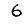
Digit: 6